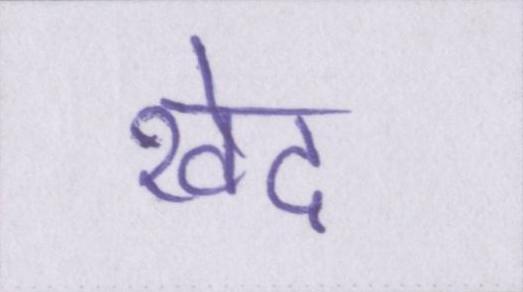
खेद